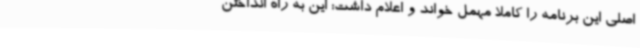
اصلی این برنامه را کاملا مهمل خواند و اعلام داشت: این به راه انداختن